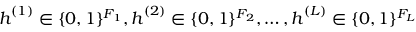
{ \boldsymbol { h } } ^ { ( 1 ) } \in \{ 0 , 1 \} ^ { F _ { 1 } } , { \boldsymbol { h } } ^ { ( 2 ) } \in \{ 0 , 1 \} ^ { F _ { 2 } } , \ldots , { \boldsymbol { h } } ^ { ( L ) } \in \{ 0 , 1 \} ^ { F _ { L } }